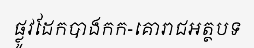
ផ្លូវដែកបាងកក-គោរាជអត្ថបទ